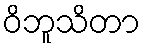
ဝိဘူသိတာ